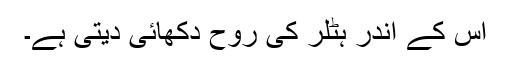
اس کے اندر ہٹلر کی روح دکھائی دیتی ہے۔